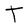
Character: T